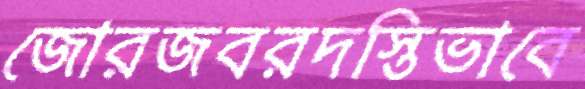
জোরজবরদস্তিভাবে